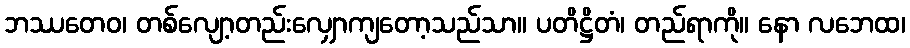
ဘဿတေဝ၊ တစ်လျော့တည်းလျှောကျတော့သည်သာ။ ပတိဋ္ဌိတံ၊ တည်ရာကို။ နော လဘေထ၊